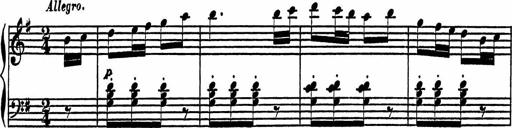
Title: 4 Piano Sonatinas
Composer: Adam Geibel